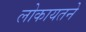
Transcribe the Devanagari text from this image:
लोकायतने